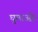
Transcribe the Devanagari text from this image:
घुमाओ।